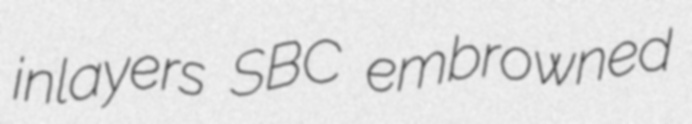
inlayers SBC embrowned